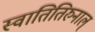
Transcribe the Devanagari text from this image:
स्वातितिरुनाल्